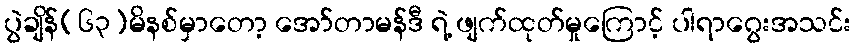
ပွဲချိန်(၆၃)မိနစ်မှာတော့ အော်တာမန်ဒီ ရဲ့ ဖျက်ထုတ်မှုကြောင့် ပါရာဂွေးအသင်း